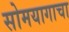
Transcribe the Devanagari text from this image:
सोमयागाचा